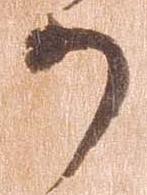
か